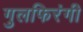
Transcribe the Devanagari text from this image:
गुलफिरंगी